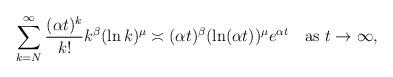
LaTeX: \begin{align*}\sum_{k=N}^\infty\frac{(\alpha t)^k}{k!}k^\beta(\ln k)^\mu\asymp (\alpha t)^\beta(\ln(\alpha t))^\mu e^{\alpha t}\quad\mbox{as $t\to\infty$},\end{align*}